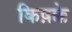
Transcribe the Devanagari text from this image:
किष़क्के